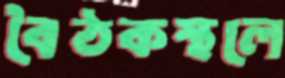
বৈঠকস্থলে